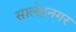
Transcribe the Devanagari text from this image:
सालेहनगर